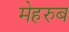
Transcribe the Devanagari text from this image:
मेहरुब